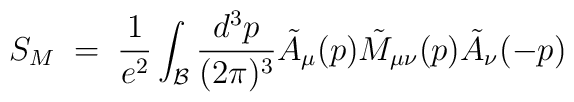
S_{M}\;=\;{\frac {1}{e^2}}  \int_{\cal B} {\frac {d^3p}{(2\pi)^3}} {\tilde  A}_{\mu}(p){\tilde   M_{\mu\nu}}(p) {\tilde  A}_{\nu}(-p)